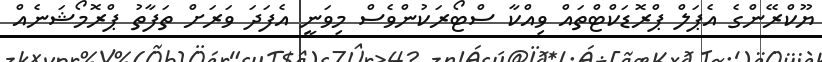
ޔޫކްރޭންގެ އެޕަލް ޕްރޮޑަކްޓްތައް ވިއްކާ ސްޓޯރަކުންވެސް މިވަނީ އެފަދަ ވަރަށް ތަފާތު ޕްރޮމޯޝަނެއް